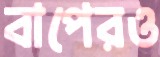
বাপেরও